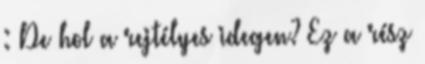
: De hol a rejtélyes idegen? Ez a rész